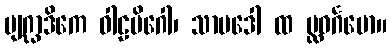
ဗျဂ္ဃာဒိကေ ဝါဠမိဂေါ၊ သာပဒေါ ထ ပ္လဝင်္ဂမော။